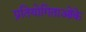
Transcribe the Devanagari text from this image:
प्रतियोगिताओंके